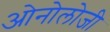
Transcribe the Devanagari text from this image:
ओनोलोजी